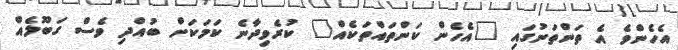
އެހެންވެ އެ ތަންތަނުގައި "އެހެން ކަންތައްތަކެއް" ކުރެވިދާނެ ކަމަކަށް ބުއްދި ވެސް ގަބޫލެއް